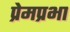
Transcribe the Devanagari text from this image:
प्रेमप्रभा